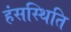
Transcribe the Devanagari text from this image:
हंसस्थिति